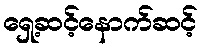
ရှေ့ဆင့်နောက်ဆင့်